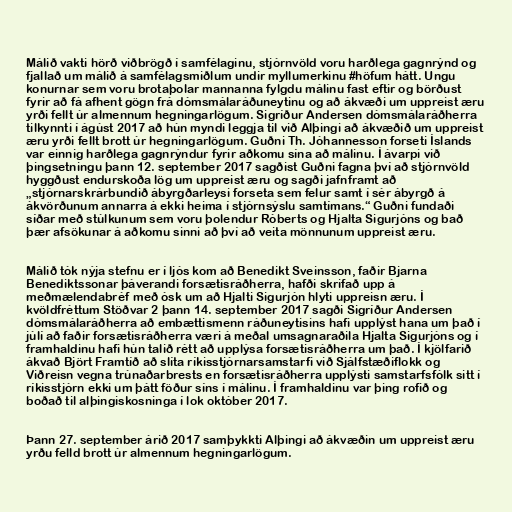
Málið vakti hörð viðbrögð í samfélaginu, stjórnvöld voru harðlega gagnrýnd og
fjallað um málið á samfélagsmiðlum undir myllumerkinu #höfum hátt. Ungu
konurnar sem voru brotaþolar mannanna fylgdu málinu fast eftir og börðust
fyrir að fá afhent gögn frá dómsmálaráðuneytinu og að ákvæði um uppreist æru
yrði fellt úr almennum hegningarlögum. Sigríður Andersen dómsmálaráðherra
tilkynnti í ágúst 2017 að hún myndi leggja til við Alþingi að ákvæðið um uppreist
æru yrði fellt brott úr hegningarlögum. Guðni Th. Jóhannesson forseti Íslands
var einnig harðlega gagnrýndur fyrir aðkomu sína að málinu. Í ávarpi við
þingsetningu þann 12. september 2017 sagðist Guðni fagna því að stjórnvöld
hyggðust endurskoða lög um uppreist æru og sagði jafnframt að
„stjórnarskrárbundið ábyrgðarleysi forseta sem felur samt í sér ábyrgð á
ákvörðunum annarra á ekki heima í stjórnsýslu samtímans.“ Guðni fundaði
síðar með stúlkunum sem voru þolendur Róberts og Hjalta Sigurjóns og bað
þær afsökunar á aðkomu sinni að því að veita mönnunum uppreist æru.

Málið tók nýja stefnu er í ljós kom að Benedikt Sveinsson, faðir Bjarna
Benediktssonar þáverandi forsætisráðherra, hafði skrifað upp á
meðmælendabréf með ósk um að Hjalti Sigurjón hlyti uppreisn æru. Í
kvöldfréttum Stöðvar 2 þann 14. september 2017 sagði Sigríður Andersen
dómsmálaráðherra að embættismenn ráðuneytisins hafi upplýst hana um það í
júlí að faðir forsætisráðherra væri á meðal umsagnaraðila Hjalta Sigurjóns og í
framhaldinu hafi hún talið rétt að upplýsa forsætisráðherra um það. Í kjölfarið
ákvað Björt Framtíð að slíta ríkisstjórnarsamstarfi við Sjálfstæðiflokk og
Viðreisn vegna trúnaðarbrests en forsætisráðherra upplýsti samstarfsfólk sitt í
ríkisstjórn ekki um þátt föður síns í málinu. Í framhaldinu var þing rofið og
boðað til alþingiskosninga í lok október 2017.

Þann 27. september árið 2017 samþykkti Alþingi að ákvæðin um uppreist æru
yrðu felld brott úr almennum hegningarlögum.